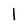
Character: l